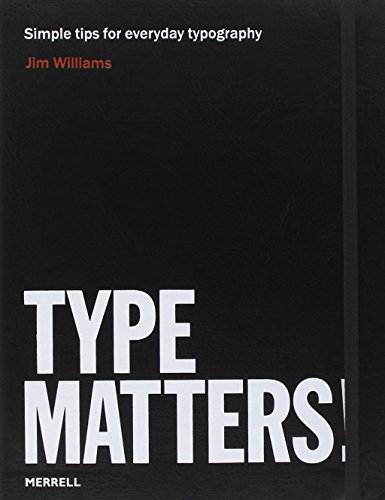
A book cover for Type Matters!; Jim Williams; Arts & Photography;